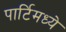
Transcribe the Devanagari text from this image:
पार्टिमध्ये